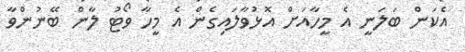
އެކަން ބަލަނީ އެ މީހާއަށް އޮޅުވާލައިގެން އެ މީހާ ވޯޓު ލާން ބޭނުންވާ